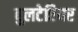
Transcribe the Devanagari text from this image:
बुलटेरियर